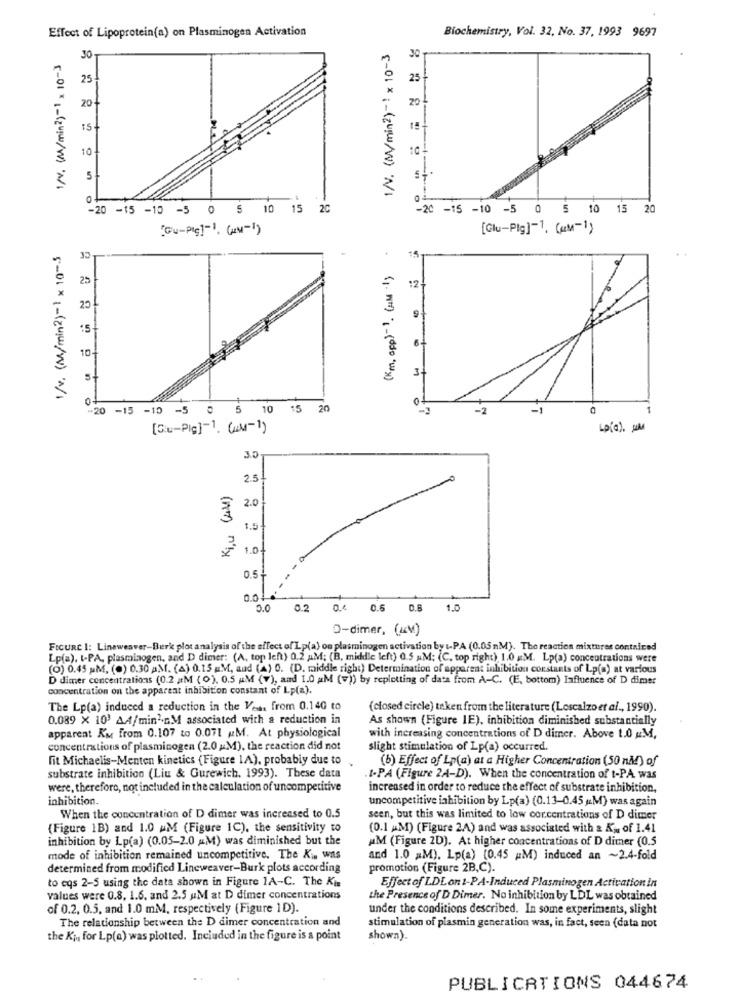
Effect of Lipoprotein(a) on Plasminogen Activation
Biochemistry, Vol. 32, No. 37, 1993 9697
30
30
25
25
20+
20
15
10
5
[-01 x 1-(24qw/W) M/
[-01 * : - (zuqu/NV) '/1
-
-20 -15 -10 -5 0 5 10 15 20
-20 -15 -10 -5 0 5 10 15 20
Gu-Pic]"1, (uw-1)
[Glu-Plg]-1. (RM-1)
(Km, opp)-1. (um 1}
1/v. (M/min2)-1 x 10-3
25
:2
20
:5
10
5
0
-20 -15 -10 -5 0 5 10 15 20
-2
-1
[Gu-Pic]-1. (-1)
3.0
2.5
Kin (AM)
2.0
1.5
1.01
0.5+
0.0
02
0.4 0.6 0.8 1.0
D-dimer, (AM)
FIGURE 1: Lineweaver-Berk plot analysis of the effect of Lp(a) on plasminogen activation by t-PA (0.05M). The reaction mixtures contained
Lp(a), t-PA, plasminogen, and D dimer: (A, top left) 0.2 AM; (B, middle left) 0.5 MM; (C. top right) 1.0 M. Lp(a) concentrations were
(O) 0.45 MM, (0) 0.30 AM. (4) 0.15 M, and (A) 0. (D. middle right) Determination of apparent inhibition constants of Lp(a) at various
D dimer concentrations (0.2 MM ( 0), 0.5 MM (7), and 1.0 MM (v)) by repletting of data from A-C. (IE, bottom) Influence of D dimer
concentration on the apparent inhibition constant of Lp(a).
The Lp(a) induced a reduction in the Ves from 0.140 to
(closed circle) taken from the literature (Loscalzo et al ., 1990).
0.089 X 10' A4/min'nM associated with a reduction in
As shown (Figure 1E), inhibition diminished substantially
apparent Km from 0.107 to 0.071 #M. At physiological
with increasing concentrations of D dimer. Above 1.0 &M,
concentrations of plasminogen (2.0 M), the reaction did not
slight stimulation of Lp(a) occurred.
fit Michaelis-Menten kinetics (Figure 1A), probably due to
(b) Effect of Lp(a) at a Higher Concentration (50 nå!) of
substrate inhibition (Liu & Gurewich, 1993). These data
1-PA (Figure 2A-D). When the concentration of t-PA was
were, therefore, not included in the calculation of uncompetitive
increased in order to reduce the effect of substrate inhibition,
inhibition.
uncompetitive inhibition by Lp(a) (0.13-0.45 u.M) was again
When the concentration of D dimer was increased to 0.5
seen, but this was limited to low cor.centrations of D dimer
(Figure 1B) and 1.0 MM (Figure IC), the sensitivity to
(0.1 AM) (Figure 2A) and was associated with & Kj of 1.41
inhibition by Lp(a) (0.05-2.0 MM) was diminished but the
AM (Figure 2D). At higher concentrations of D dimer (0.5
mode of inhibition remained uncompetitive. The Ki. was
and 1.0 MM), Lp(a) (0.45 #M) induced an ~2.4-fold
determined from modified Lineweaver-Burk plots according
promotion (Figure 2B,C).
to eqs 2-5 using the data shown in Figure 1A-C. The Km
Effect of LDLon t-PA-Induced Plasminogen Activation in
values were 0.8, 1.6. and 2.5 &M at D dimer concentrations
the Presence of D Dimer. No inhibition by LDL was obtained
of 0.2, 0.5. and 1.0 mM, respectively (Figure 1D).
under the conditions described. In some experiments, slight
The relationship between the D dimer concentration and
stimulation of plasmin generation was, in fact, seen (data not
the Kj. for Lp(a) was plotted. Included in the figure is a point
shown).
PUBLICATIONS 044674